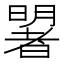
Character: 𣋐